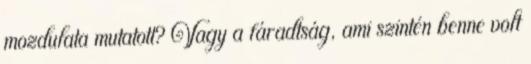
mozdulata mutatott? Vagy a fáradtság, ami szintén benne volt